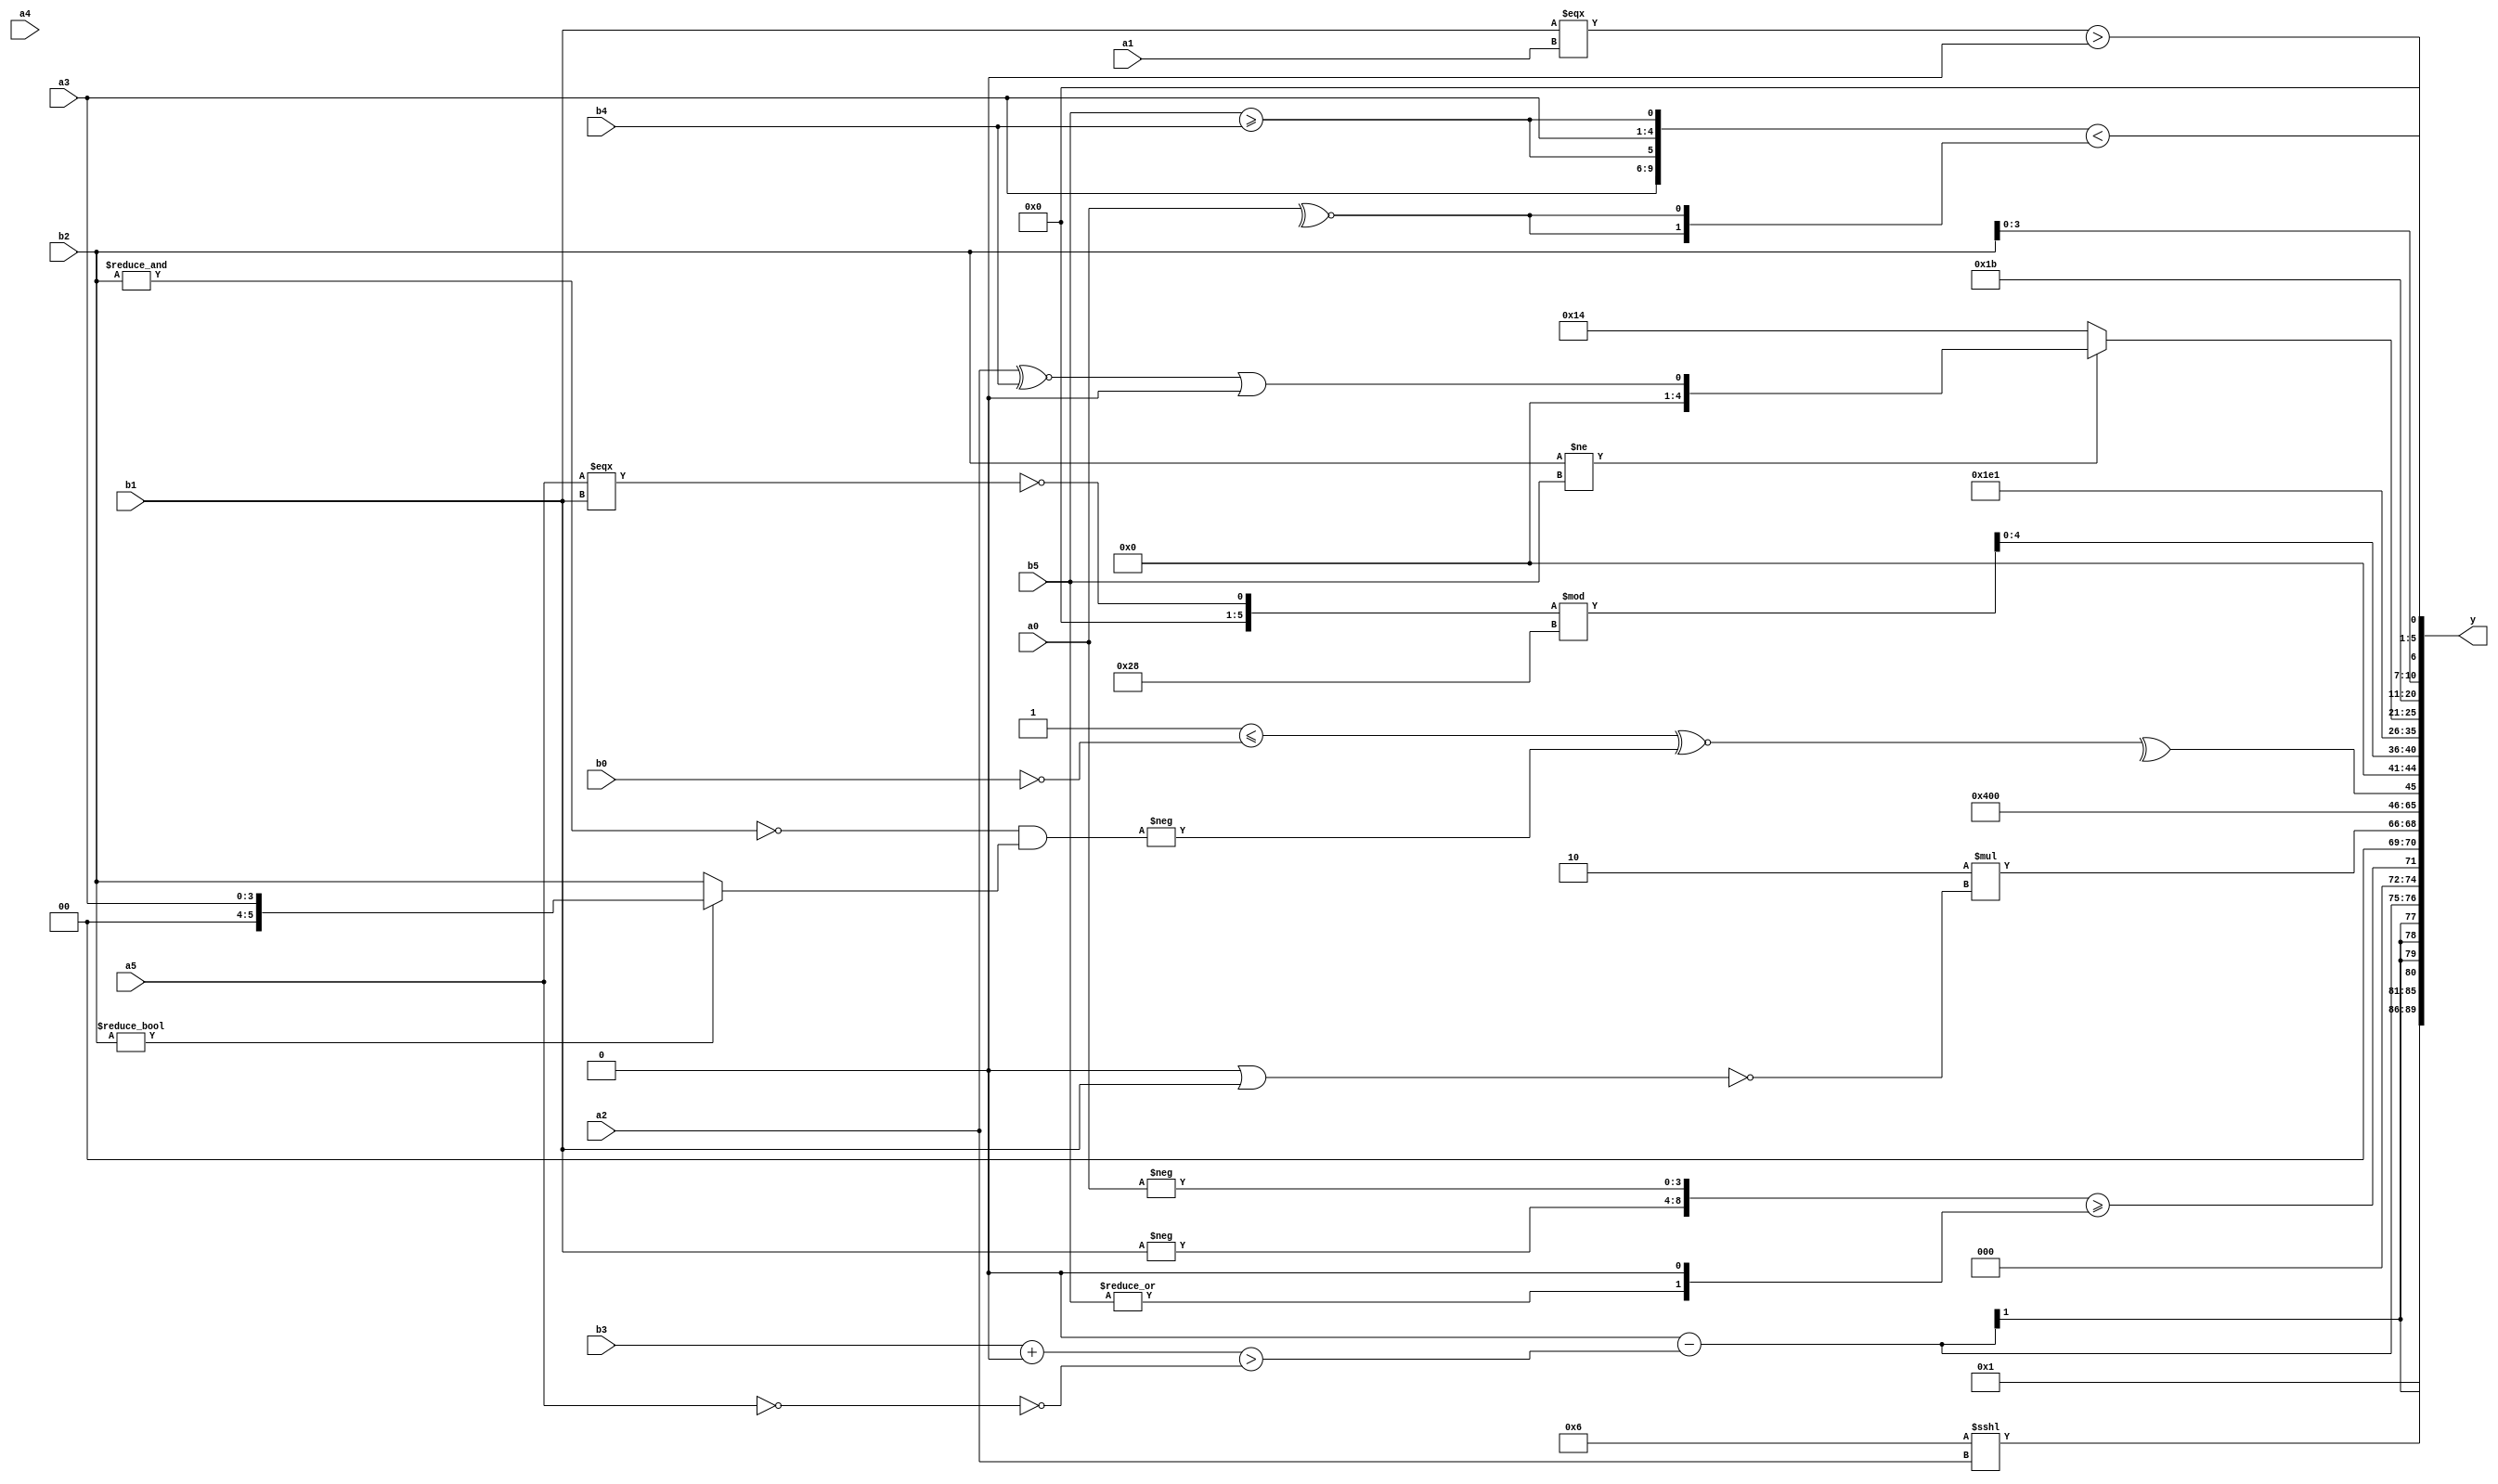
module expression_00620(a0, a1, a2, a3, a4, a5, b0, b1, b2, b3, b4, b5, y);
  input [3:0] a0;
  input [4:0] a1;
  input [5:0] a2;
  input signed [3:0] a3;
  input signed [4:0] a4;
  input signed [5:0] a5;

  input [3:0] b0;
  input [4:0] b1;
  input [5:0] b2;
  input signed [3:0] b3;
  input signed [4:0] b4;
  input signed [5:0] b5;

  wire [3:0] y0;
  wire [4:0] y1;
  wire [5:0] y2;
  wire signed [3:0] y3;
  wire signed [4:0] y4;
  wire signed [5:0] y5;
  wire [3:0] y6;
  wire [4:0] y7;
  wire [5:0] y8;
  wire signed [3:0] y9;
  wire signed [4:0] y10;
  wire signed [5:0] y11;
  wire [3:0] y12;
  wire [4:0] y13;
  wire [5:0] y14;
  wire signed [3:0] y15;
  wire signed [4:0] y16;
  wire signed [5:0] y17;

  output [89:0] y;
  assign y = {y0,y1,y2,y3,y4,y5,y6,y7,y8,y9,y10,y11,y12,y13,y14,y15,y16,y17};

  localparam [3:0] p0 = (~|(((3'sd1)<=(4'd4))>>((3'd5)>=(2'sd1))));
  localparam [4:0] p1 = ({3{(-5'sd1)}}||{1{{{3{(-2'sd1)}}}}});
  localparam [5:0] p2 = (-(~&{1{(~(-2'sd1))}}));
  localparam signed [3:0] p3 = ((6'd2 * ((3'd0)?(5'd23):(3'd0)))?((5'd26)?(4'sd5):(2'd1)):((-(3'd1))&&(~&(2'sd1))));
  localparam signed [4:0] p4 = (-5'sd14);
  localparam signed [5:0] p5 = ((((-4'sd1)<=(-4'sd7))+((-3'sd1)!=(-4'sd5)))?(-(((-3'sd1)?(3'd4):(-3'sd1))-((3'd0)===(3'd5)))):(|((-2'sd0)?(2'd2):(4'sd2))));
  localparam [3:0] p6 = {2{{2{{3{(-2'sd1)}}}}}};
  localparam [4:0] p7 = ({4{(5'd8)}}<<{2{(-5'sd3)}});
  localparam [5:0] p8 = {(+{(5'd12),(-2'sd1)}),{(3'sd2),(2'd2),(-2'sd0)}};
  localparam signed [3:0] p9 = {{(~^{{4{(2'd1)}}})},(~^{(^(!(-4'sd7)))}),(~&(~^(!{3{(-4'sd1)}})))};
  localparam signed [4:0] p10 = (^{(3'd3),(-2'sd0)});
  localparam signed [5:0] p11 = {(~|(((5'd29)===(5'd29))-((-4'sd6)==(3'sd3)))),((-4'sd0)>((-3'sd0)-(4'sd2))),{2{{(4'sd7),(4'd1)}}}};
  localparam [3:0] p12 = ((3'd1)=={3{(-3'sd1)}});
  localparam [4:0] p13 = ({2{{4{(-3'sd2)}}}}^~((!(5'd0))==(-(3'd1))));
  localparam [5:0] p14 = {{((-4'sd0)?(-2'sd1):(4'sd3)),((-4'sd5)?(-3'sd0):(5'd26)),((3'sd3)^~(2'sd1))}};
  localparam signed [3:0] p15 = ((((2'd1)>(3'sd1))<((3'sd3)?(5'sd11):(3'd6)))===(((5'd2)>>(2'sd0))?{(4'd13),(-5'sd10),(2'd2)}:{(3'd4),(-2'sd0)}));
  localparam signed [4:0] p16 = {4{{3{(4'sd7)}}}};
  localparam signed [5:0] p17 = ((5'd21)-(2'sd1));

  assign y0 = (&((((&{4{p14}})^{3{p10}})==(^(-$unsigned(((b4===b5)>>>$signed(p14))))))));
  assign y1 = (p9<<<a2);
  assign y2 = ((~|(~&(5'sd9)))-(($unsigned(b3)+(p17<<<p2))>(!(~(+a5)))));
  assign y3 = ({(-(+b1)),(+(-a0))}>={(~(~|b5)),((~|p0))});
  assign y4 = (4'd2 * (!(p12|b1)));
  assign y5 = {3{{4{p7}}}};
  assign y6 = {((+(&$unsigned(p13)))<=((b5<p6)-(b3!==b0))),{{2{(p8|a1)}},{a2,p11,p0}}};
  assign y7 = (-(3'sd0));
  assign y8 = (^(((~^(a4<<<p11))<=(|(!b0)))^~(-((&(~&b2))&(b2?a3:b2)))));
  assign y9 = (((p11?p5:b2)>(a4?p0:p14))<<<($unsigned($signed($unsigned($signed(p5))))));
  assign y10 = ((!(a5===b1))%p8);
  assign y11 = (5'd30);
  assign y12 = ((-(-4'sd5))>(-5'sd0));
  assign y13 = ((-(&(b2!=b5)))?(((a2^~b4)||(~^p0))):$unsigned($signed((p9?p17:p12))));
  assign y14 = (3'sd1);
  assign y15 = (4'd11);
  assign y16 = {{({p17}=={4{p1}}),{{4{b2}}}},$signed(((b1===a1)>(p15>>p4)))};
  assign y17 = ({2{{$unsigned(a3),(b5>=b4)}}}<{2{(~^{1{{a0}}})}});
endmodule